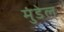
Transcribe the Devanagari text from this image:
मुंडेल्